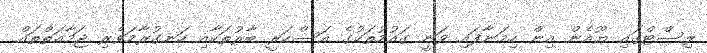
ލިސްޓްގައި ޔޫއެން އިން ހިމަނާފައި ވަނީ ގައުމުތަކުގެ އަސްކަރީ ބާރުތަކާއި ހަނގުރާމަވެރި ޖަމާއަތްތައް